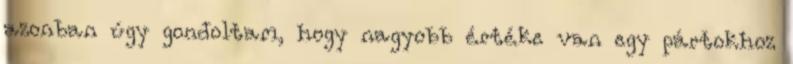
azonban úgy gondoltam, hogy nagyobb értéke van egy pártokhoz